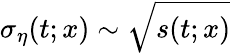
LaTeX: \sigma_{\eta}(t;x)\sim\sqrt{s(t;x)}